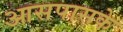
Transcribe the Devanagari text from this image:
आसपासके